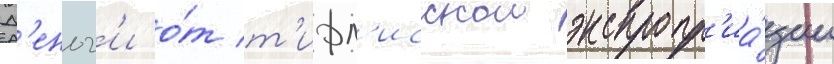
Д'еньг'и о́т т'ифл'исскои экспропр'иа́ции